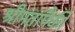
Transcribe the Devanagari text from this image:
श्रीमंतांपैकी